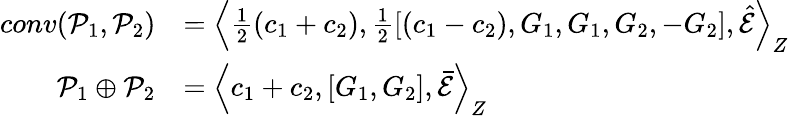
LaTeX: \begin{array}{rl}{conv(\mathcal{P}_{1},\mathcal{P}_{2})}&{=\Big\langle\frac{1}{2}(c_{1}+c_{2}),\frac{1}{2}[(c_{1}-c_{2}),G_{1},G_{1},G_{2},-G_{2}],\hat{\mathcal{E}}\Big\rangle_{Z}}\\ {\mathcal{P}_{1}\oplus\mathcal{P}_{2}}&{=\Big\langle c_{1}+c_{2},[G_{1},G_{2}],\bar{\mathcal{E}}\Big\rangle_{Z}}\end{array}